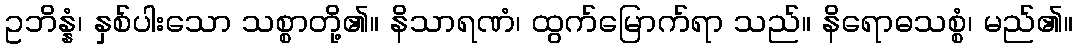
ဥဘိန္နံ၊ နှစ်ပါးသော သစ္စာတို့၏။ နိသာရဏံ၊ ထွက်မြောက်ရာ သည်။ နိရောဓသစ္စံ၊ မည်၏။